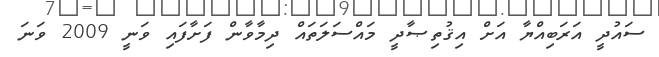
ސައުދީ އަރަބިއްޔާ އަށް އިޤުތިޞާދީ މައްސަލަތައް ދިމާވާން ފަށާފައި ވަނީ 2009 ވަނަ